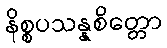
နိစ္စပသန္နစိတ္တော